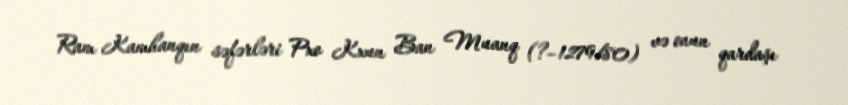
Ram Kamhanqın səfərləri Pxo Kxun Ban Muanq (?–1279/80) və onun qardaşı